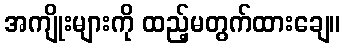
အကျိုးများကို ထည့်မတွက်ထားချေ။